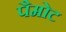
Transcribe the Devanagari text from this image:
पैमोट